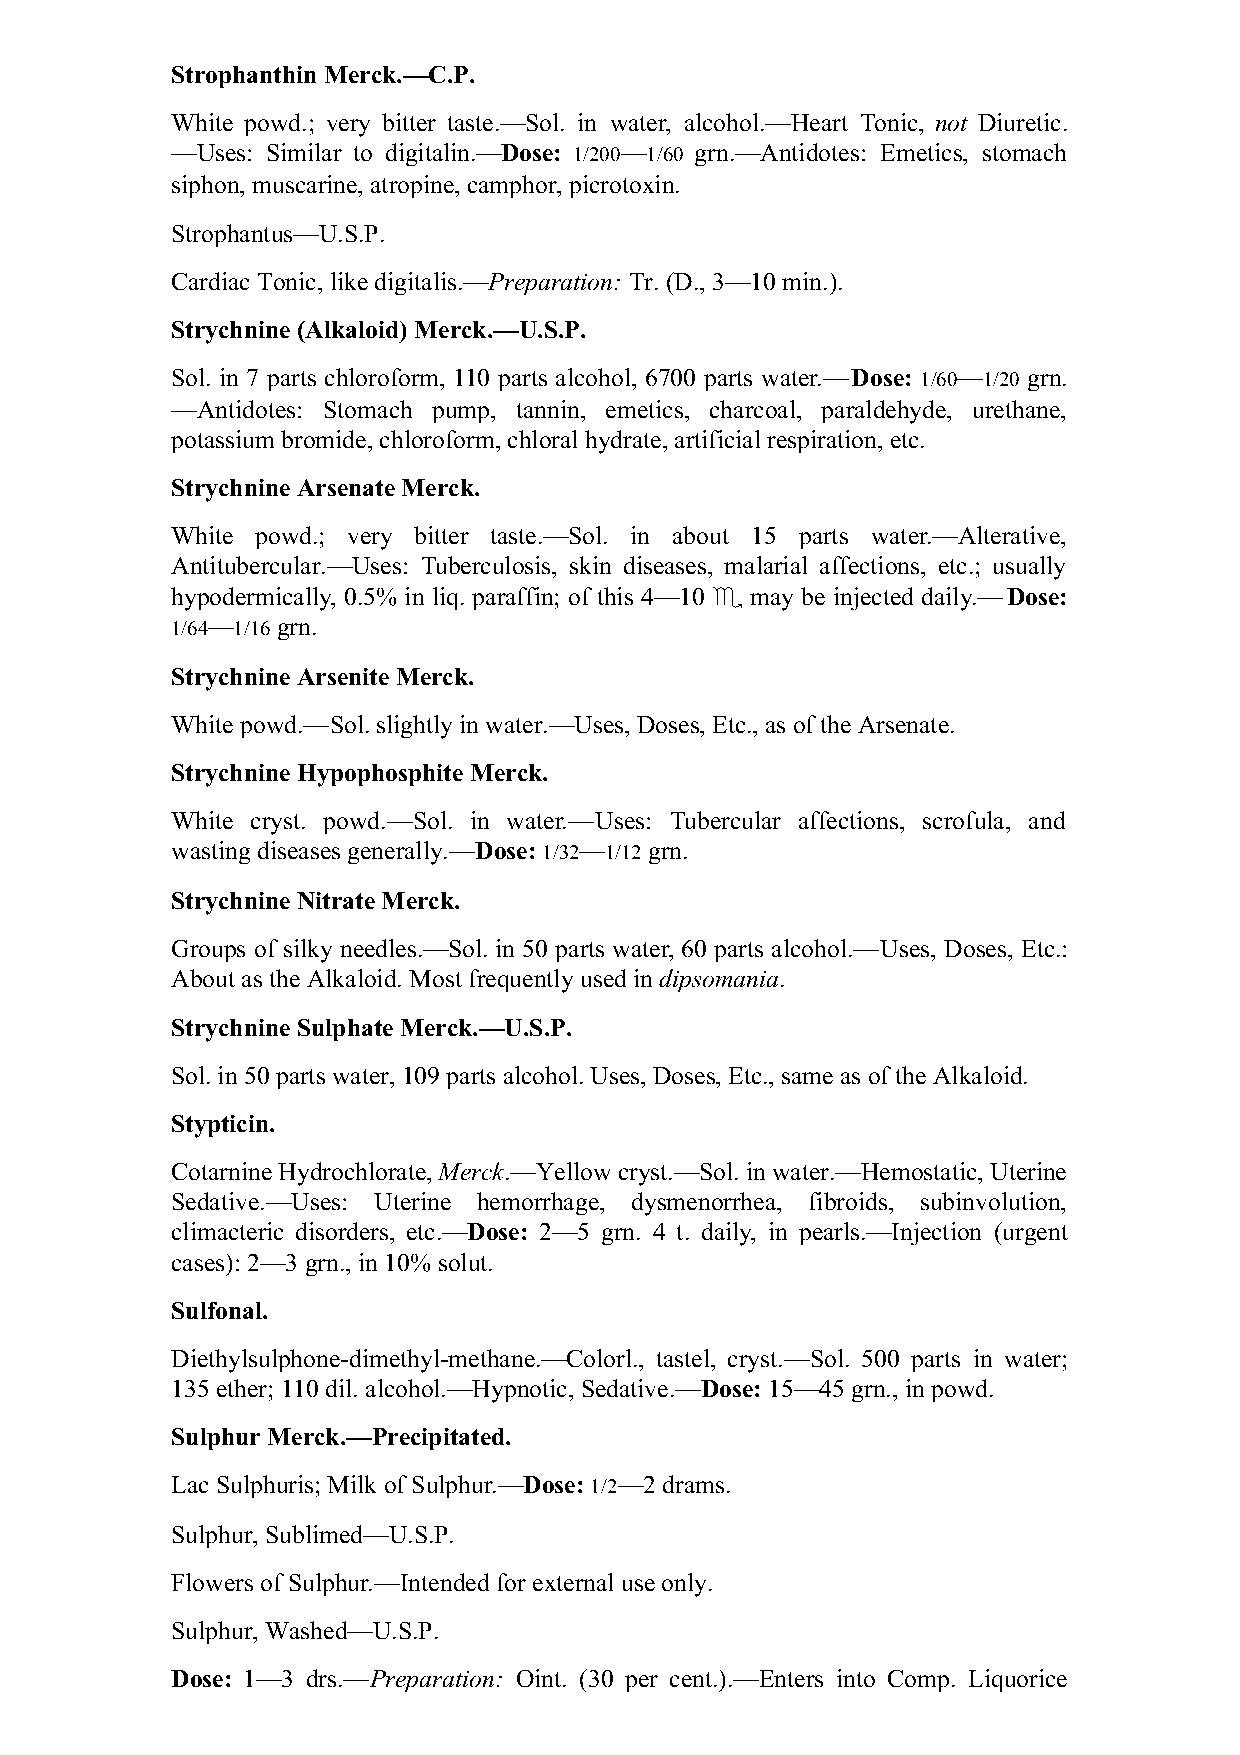
Strophanthin Merck.—C.P.
 White powd.; very bitter taste.—Sol. in water, alcohol.—Heart Tonic, not Diuretic.
 —Uses: Similar to digitalin.—Dose: 1/200—1/60 grn.—Antidotes: Emetics, stomach
 siphon, muscarine, atropine, camphor, picrotoxin.
 Strophantus—U.S.P.
 Cardiac Tonic, like digitalis.—Preparation: Tr. (D., 3—10 min.).
 Strychnine (Alkaloid) Merck.—U.S.P.
 Sol. in 7 parts chloroform, 110 parts alcohol, 6700 parts water.—Dose: 1/60—1/20 grn.
 —Antidotes: Stomach pump, tannin, emetics, charcoal, paraldehyde, urethane,
 potassium bromide, chloroform, chloral hydrate, artificial respiration, etc.
 Strychnine Arsenate Merck.
 White powd.; very bitter taste.—Sol. in about 15 parts water.—Alterative,
 Antitubercular.—Uses: Tuberculosis, skin diseases, malarial affections, etc.; usually
 hypodermically, 0.5% in liq. paraffin; of this 4—10 ♏ may be injected daily.—Dose:
 1/64—1/16 grn.
 Strychnine Arsenite Merck.
 White powd.—Sol. slightly in water.—Uses, Doses, Etc., as of the Arsenate.
 Strychnine Hypophosphite Merck.
 White cryst. powd.—Sol. in water.—Uses: Tubercular affections, scrofula, and
 wasting diseases generally.—Dose: 1/32—1/12 grn.
 Strychnine Nitrate Merck.
 Groups of silky needles.—Sol. in 50 parts water, 60 parts alcohol.—Uses, Doses, Etc.:
 About as the Alkaloid. Most frequently used in dipsomania.
 Strychnine Sulphate Merck.—U.S.P.
 Sol. in 50 parts water, 109 parts alcohol. Uses, Doses, Etc., same as of the Alkaloid.
 Stypticin.
 Cotarnine Hydrochlorate, Merck.—Yellow cryst.—Sol. in water.—Hemostatic, Uterine
 Sedative.—Uses: Uterine hemorrhage, dysmenorrhea, fibroids, subinvolution,
 climacteric disorders, etc.—Dose: 2—5 grn. 4 t. daily, in pearls.—Injection (urgent
 cases): 2—3 grn., in 10% solut.
 Sulfonal.
 Diethylsulphone-dimethyl-methane.—Colorl., tastel, cryst.—Sol. 500 parts in water;
 135 ether; 110 dil. alcohol.—Hypnotic, Sedative.—Dose: 15—45 grn., in powd.
 Sulphur Merck.—Precipitated.
 Lac Sulphuris; Milk of Sulphur.—Dose: 1/2—2 drams.
 Sulphur, Sublimed—U.S.P.
 Flowers of Sulphur.—Intended for external use only.
 Sulphur, Washed—U.S.P.
 Dose: 1—3 drs.—Preparation: Oint. (30 per cent.).—Enters into Comp. Liquorice